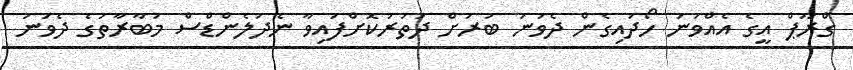
ގްރޫޕް އީގެ އެއްވަނަ ހޯދައިގެން ދެވަނަ ބުރަށް ދަތުރުކޮށްފައިވާ ނެދަލެންޑްސް މުބާރާތުގެ ދެވަނަ